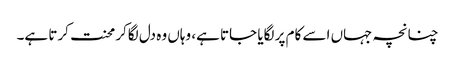
چنانچہ جہاں اسے کام پر لگایا جاتا ہے، وہاں وہ دل لگاکر محنت کرتا ہے۔